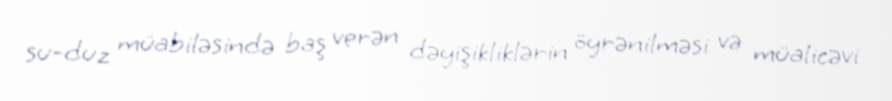
su-duz müabiləsində baş verən dəyişikliklərin öyrənilməsi və müalicəvi